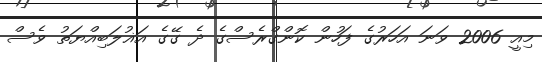
މިއީ 2006 ވަނަ އަހަރުގެ ފަހުން ކޮންގްރެސްގެ ދެ ގޭގެ އަޣުލަބިއްޔަތު ވެސް